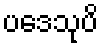
ပဒေသုပိ